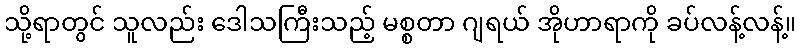
သို့ရာတွင် သူလည်း ဒေါသကြီးသည့် မစ္စတာ ဂျရယ် အိုဟာရာကို ခပ်လန့်လန့်။